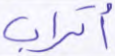
أتراب